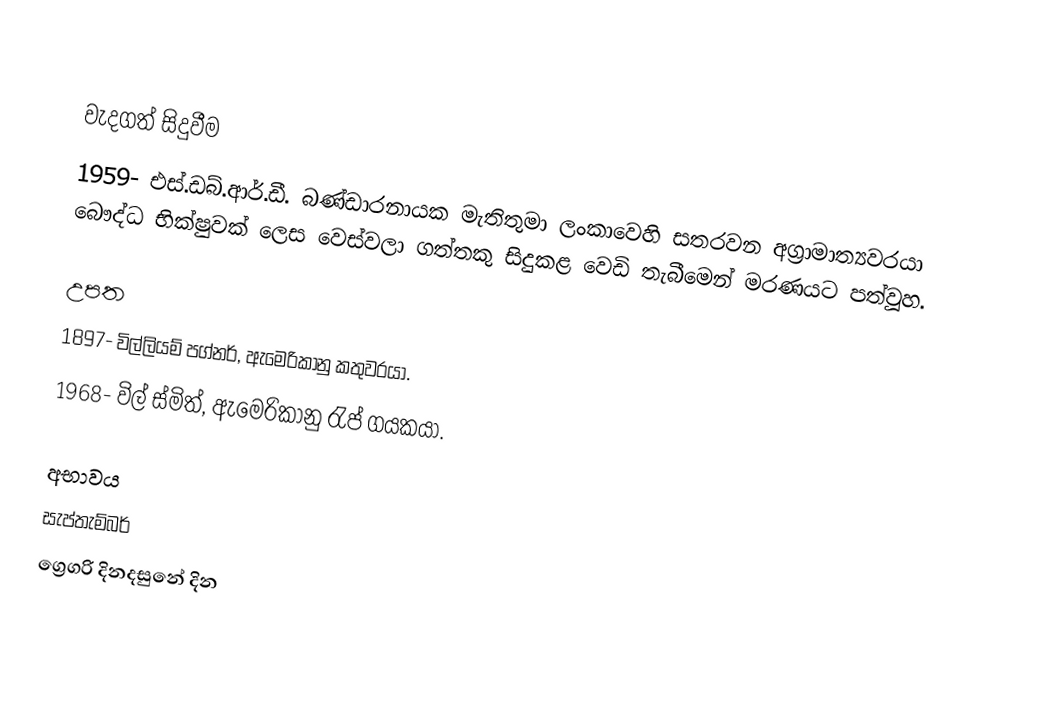

වැදගත් සිදුවීම
1959- එස්.ඩබ්.ආර්.ඩී. බණ්ඩාරනායක මැතිතුමා ලංකාවෙහි සතරවන අග්‍රාමාත්‍යවරයා බෞද්ධ භික්ෂුවක් ලෙස වෙස්වලා ගත්තකු සිදුකළ වෙඩි තැබීමෙන් මරණයට පත්වූහ.

උපත
1897- විල්ලියම් පග්නර්, ඇමෙරිකානු කතුවරයා.
1968- විල් ස්මිත්, ඇමෙරිකානු රැප් ගයකයා.

අභාවය
සැප්තැම්බර්
ග්‍රෙගරි දිනදසුනේ දින